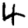
Digit: 4